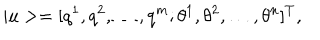
| u > = [ q ^ { 1 } , q ^ { 2 } , \dots , q ^ { m } ; \theta ^ { 1 } , \theta ^ { 2 } , \dots , \theta ^ { n } ] ^ { T } ,